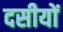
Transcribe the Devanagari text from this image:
दसीयों